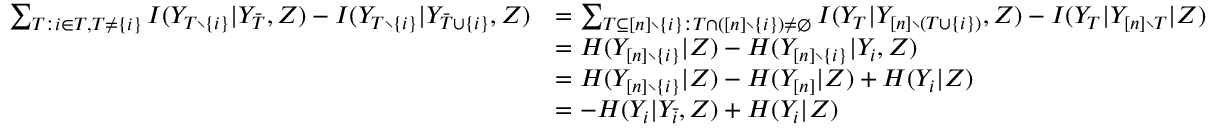
\begin{array} { r l } { \sum _ { T : i \in T , T \neq \{ i \} } I ( Y _ { T \setminus \{ i \} } | Y _ { \bar { T } } , Z ) - I ( Y _ { T \setminus \{ i \} } | Y _ { \bar { T } \cup \{ i \} } , Z ) } & { = \sum _ { T \subseteq [ n ] \setminus \{ i \} : T \cap ( [ n ] \setminus \{ i \} ) \neq \emptyset } I ( Y _ { T } | Y _ { [ n ] \setminus ( T \cup \{ i \} ) } , Z ) - I ( Y _ { T } | Y _ { [ n ] \setminus T } | Z ) } \\ & { = H ( Y _ { [ n ] \setminus \{ i \} } | Z ) - H ( Y _ { [ n ] \setminus \{ i \} } | Y _ { i } , Z ) } \\ & { = H ( Y _ { [ n ] \setminus \{ i \} } | Z ) - H ( Y _ { [ n ] } | Z ) + H ( Y _ { i } | Z ) } \\ & { = - H ( Y _ { i } | Y _ { \bar { i } } , Z ) + H ( Y _ { i } | Z ) } \end{array}